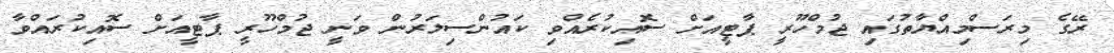
ރޭގެ މިރަސްމިއްޔާތުގައި ޖުމްހޫރީ ޕާޓީއަށް ސޮއިކުރެއްވި ކައުންސިލަރުން ވަނީ ޖުމްހޫރީ ޕާޓީއަށް ސޮއިކުރައްވާ